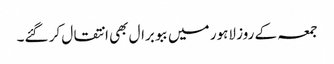
جمعہ کے روز لاہور میں ببو برال بھی انتقال کر گئے۔